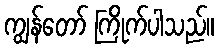
ကျွန်တော် ကြိုက်ပါသည်။